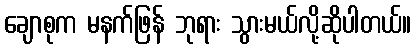
ချောစုက မနက်ဖြန် ဘုရား သွားမယ်လို့ဆိုပါတယ်။